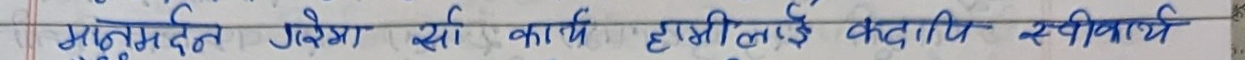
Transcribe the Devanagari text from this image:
मनुमर्दन प्रेरणा सी कार्य हामीलाई कदापि स्वीकार्य छ।